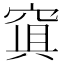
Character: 𥦴